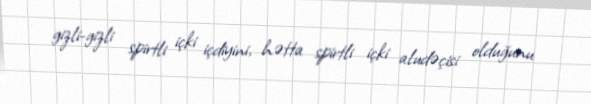
gizli-gizli spirtli içki içdiyini, hətta spirtli içki aludəçisi olduğunu